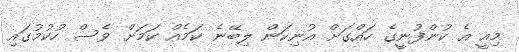
މިއީ އެ ކުންފުނީގެ ހައްގަށް އުނިކަން ލިބޭނެ ކަމެއް ކަމަށް ވެސް ހުކުމުގައި